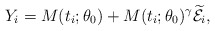
\begin{align*}Y_i=M(t_i;\theta_0)+ M(t_i;\theta_0)^{\gamma}\widetilde{\mathcal{E}_i},\end{align*}